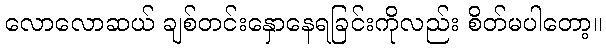
လောလောဆယ် ချစ်တင်းနှောနေရခြင်းကိုလည်း စိတ်မပါတော့။